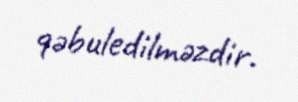
qəbuledilməzdir.